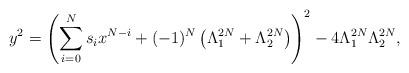
LaTeX: \begin{align*}y^2=\left(\sum_{i=0}^Ns_ix^{N-i}+(-1)^N\left(\Lambda_1^{2N}+\Lambda_2^{2N} \right)\right)^2-4\Lambda_1^{2N}\Lambda_2^{2N},\end{align*}